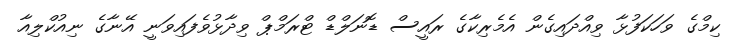
ކިމްގެ ވަހަކަފުޅާ ވިއްދައިގެން އެމެރިކާގެ ރައީސް ޑޮނަލްޑް ޓްރަމްޕް ވިދާޅުވެފައިވަނީ އޭނާގެ ނިއުކްލިއާ